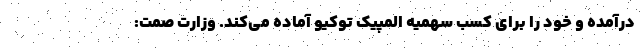
درآمده و خود را برای کسب سهمیه المپیک توکیو آماده می‌کند. وزارت صمت: